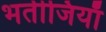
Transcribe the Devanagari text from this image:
भतीजियाॅ